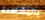
بالمشاهدة